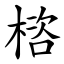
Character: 㮞